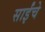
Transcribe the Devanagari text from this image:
साईंचे